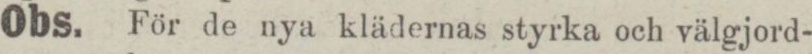
Obs. För de nya klädernas styrka och välgjord-